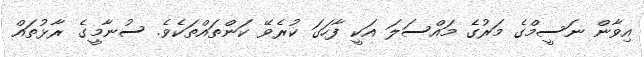
އިވާން ނަސީމްގެ މަރުގެ މައްސަލަ އަކީ ފާހަގަ ކުރެވޭ ކަންތައްތަކެވެ. ސުނާމީގެ ރާޅުތައް